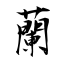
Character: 蘭